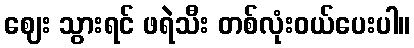
ဈေး သွားရင် ဖရဲသီး တစ်လုံးဝယ်ပေးပါ။